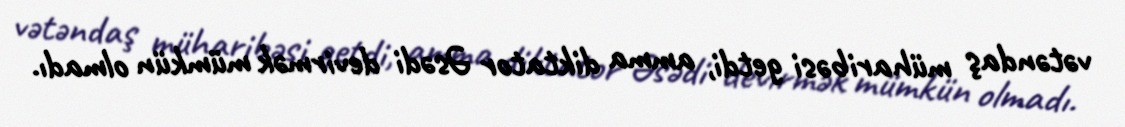
vətəndaş müharibəsi getdi, amma diktator Əsədi devirmək mümkün olmadı.